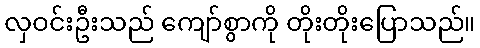
လှဝင်းဦးသည် ကျော်စွာကို တိုးတိုးပြောသည်။